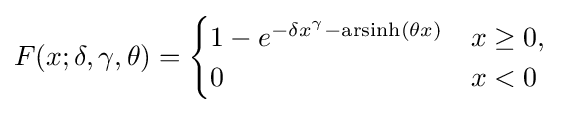
F(x;\delta ,\gamma ,\theta )={\begin{cases}1-e^{-\delta x^{\gamma }-\operatorname {arsinh} (\theta x)}&x\geq 0,\\0&x<0\end{cases}}